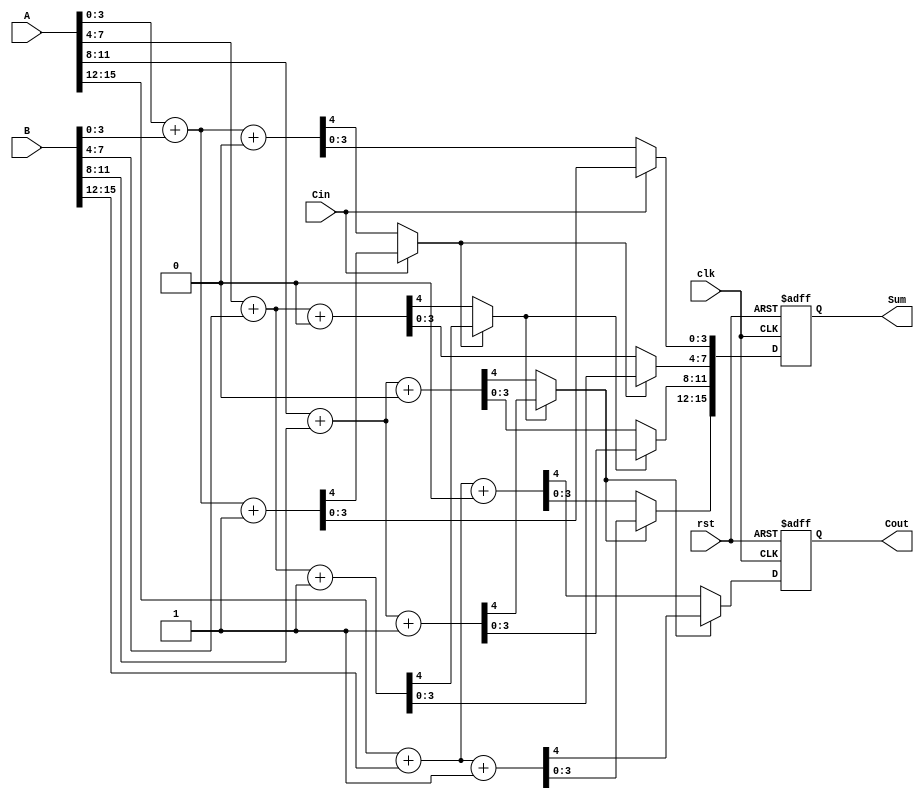
module Pipelined_Carry_Select_Adder(
    input  wire [15:0] A,   // First 16-bit input
    input  wire [15:0] B,   // Second 16-bit input
    input  wire         Cin, // Carry-in for the first segment
    output reg  [15:0] Sum, // 16-bit Sum output
    output reg         Cout, // Final Carry-out
    input  wire clk,        // Clock signal
    input  wire rst         // Reset signal
);
    
    // Parameters
    localparam SEG_WIDTH = 4; // Width of each segment
    localparam NUM_SEGMENTS = 4; // Number of segments (16 / 4)
    
    // Internal signals
    reg [SEG_WIDTH-1:0] sum0 [NUM_SEGMENTS-1:0];
    reg [SEG_WIDTH-1:0] sum1 [NUM_SEGMENTS-1:0];
    reg                 carry0 [NUM_SEGMENTS-1:0];
    reg                 carry1 [NUM_SEGMENTS-1:0];
    reg                 selected_carry [NUM_SEGMENTS-1:0];
    reg [SEG_WIDTH-1:0] segment_A [NUM_SEGMENTS-1:0];
    reg [SEG_WIDTH-1:0] segment_B [NUM_SEGMENTS-1:0];

    // Pipeline registers
    reg [SEG_WIDTH-1:0] reg_sum [NUM_SEGMENTS-1:0];
    reg                 reg_carry [NUM_SEGMENTS-1:0];
    
    integer i;

    // Segment generation
    always @(*) begin
        for (i = 0; i < NUM_SEGMENTS; i = i + 1) begin
            segment_A[i] = A[(i+1)*SEG_WIDTH-1 -: SEG_WIDTH];
            segment_B[i] = B[(i+1)*SEG_WIDTH-1 -: SEG_WIDTH];
        end
    end

    // Carry Select Logic
    always @(*) begin
        for (i = 0; i < NUM_SEGMENTS; i = i + 1) begin
            // Compute carry and sum for Ci = 0
            {carry0[i], sum0[i]} = segment_A[i] + segment_B[i] + 1'b0;

            // Compute carry and sum for Ci = 1
            {carry1[i], sum1[i]} = segment_A[i] + segment_B[i] + 1'b1;
        end
    end

    // MUX selection based on previous carry
    always @(*) begin
        for (i = 0; i < NUM_SEGMENTS; i = i + 1) begin
            if (i == 0)
                selected_carry[i] = Cin;
            else
                selected_carry[i] = reg_carry[i-1];

            // Select the appropriate sum and carry
            if (selected_carry[i]) begin
                reg_sum[i] = sum1[i];
                reg_carry[i] = carry1[i];
            end else begin
                reg_sum[i] = sum0[i];
                reg_carry[i] = carry0[i];
            end
        end
    end

    // Sequential logic with pipelining
    always @(posedge clk or posedge rst) begin
        if (rst) begin
            Sum <= 16'b0;
            Cout <= 1'b0;
        end else begin
            // Update outputs on last pipeline stage
            Sum <= {reg_sum[3], reg_sum[2], reg_sum[1], reg_sum[0]};
            Cout <= reg_carry[NUM_SEGMENTS-1];
        end
    end

endmodule